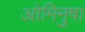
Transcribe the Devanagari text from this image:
ओमिनुषा